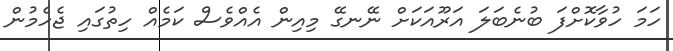
ހަމަ ހުވާކޮށްފަ ބުނެބަލަ އަރޫއަކަށް ނޭނގޭ މިއިން އެއްވެސް ކަމެއް ހިތުގައި ޖެހެމުން